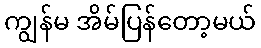
ကျွန်မ အိမ်ပြန်တော့မယ်